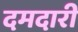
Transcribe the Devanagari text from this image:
दमदारी